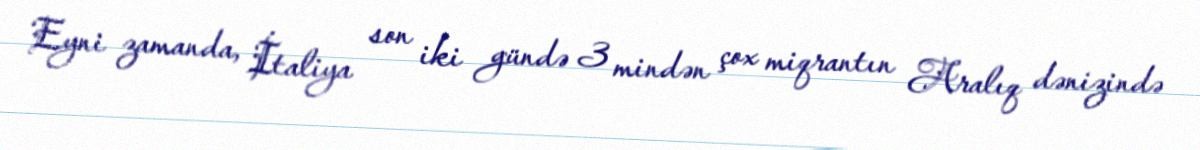
Eyni zamanda, İtaliya son iki gündə 3 mindən çox miqrantın Aralıq dənizində